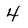
Character: 4